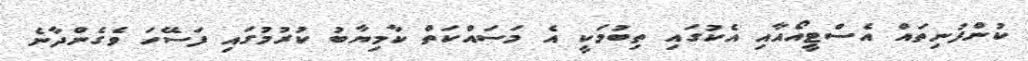
ކުންފުނިތައް އެސްޓީއޯއާއި އެކުގައި ތިބުމަކީ އެ މަސައްކަތް ކާމިޔާބު ކުރުމުގައި ފަސޭހަ ވެގެންދާނެ